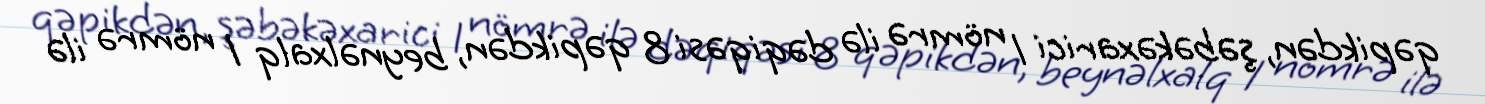
qəpikdən, şəbəkəxarici 1 nömrə ilə dəqiqəsi 8 qəpikdən, beynəlxalq 1 nömrə ilə